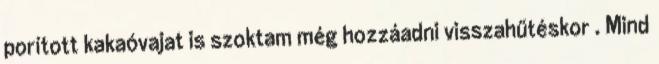
porított kakaóvajat is szoktam még hozzáadni visszahűtéskor . Mind